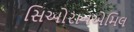
સિઓરાનએમિલ